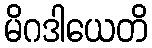
မိဂဒါယေတိ